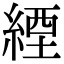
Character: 緸